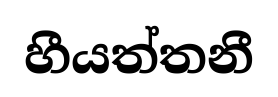
හීයත්තනී